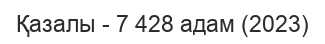
Қазалы - 7 428 адам (2023)